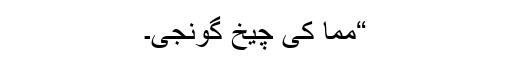
“مما کی چیخ گونجی۔